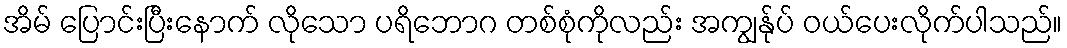
အိမ် ပြောင်းပြီးနောက် လိုသော ပရိဘောဂ တစ်စုံကိုလည်း အကျွန်ုပ် ဝယ်ပေးလိုက်ပါသည်။